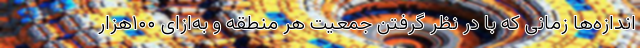
اندازه‌ها زمانی که با در نظر گرفتن جمعیت هر منطقه و به‌ازای ۱۰۰هزار